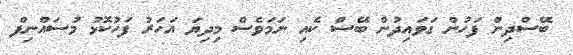
ބޭސްދިން ފަހުން ގަވައިދުން ބޭސް ކެއި ނަމަވެސް މިދިޔަ އަހަރު ފަހުކޮޅު މުސައްނިފް